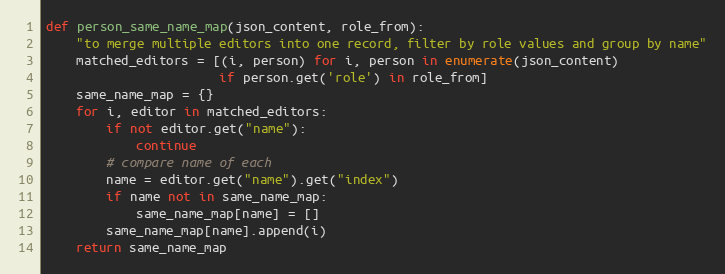
Language: Python
def person_same_name_map(json_content, role_from):
    "to merge multiple editors into one record, filter by role values and group by name"
    matched_editors = [(i, person) for i, person in enumerate(json_content)
                       if person.get('role') in role_from]
    same_name_map = {}
    for i, editor in matched_editors:
        if not editor.get("name"):
            continue
        # compare name of each
        name = editor.get("name").get("index")
        if name not in same_name_map:
            same_name_map[name] = []
        same_name_map[name].append(i)
    return same_name_map